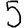
Digit: 5